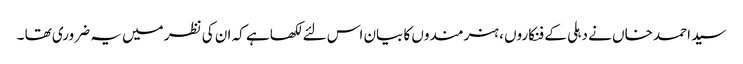
سید احمد خاں نے دہلی کے فنکاروں ، ہنرمندوں کا بیان اس لئے لکھا ہے کہ ان کی نظر میں یہ ضروری تھا ۔